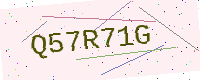
Text: Q57R71G